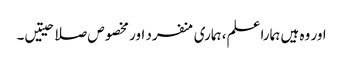
اور وہ ہیں ہمارا علم، ہماری منفرد اور مخصوص صلاحیتیں۔